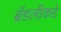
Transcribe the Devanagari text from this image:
ब्रॅडलीकडे